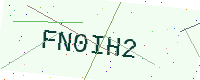
Text: FN0IH2